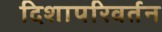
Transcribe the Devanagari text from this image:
दिशापरिवर्तन